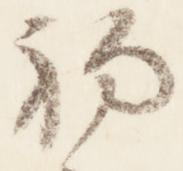
初